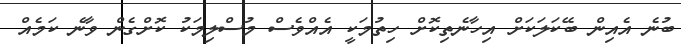
ބުނެ އެއިން ބޭކަލަކަށް އިހާނެތިކޮށް ހިތުމަކީ އެއްވެސް މުސްލިމަކު ކޮށްގެން ވާނެ ކަމެއް